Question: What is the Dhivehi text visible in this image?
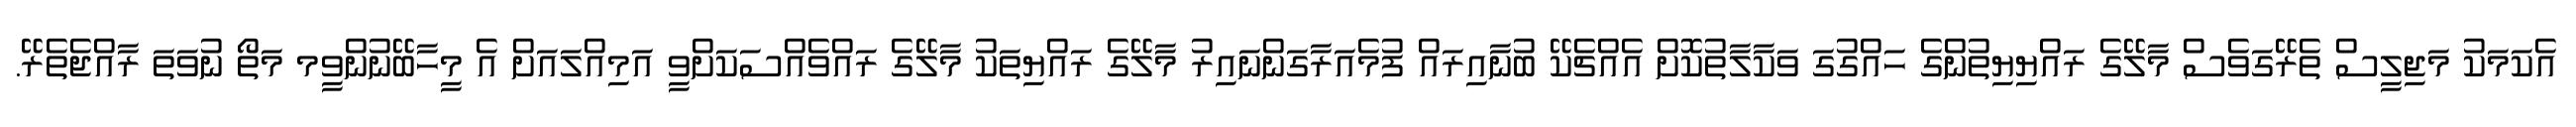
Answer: އެކަމަކު މަޖިލީސް ތެރޭގަވެސް މާލޭގެ ރައްޔިޔިތުންގެ ހައްގުގަ ވަކާލާތުކޮށް އެއްޗެކޭ ބުނާއިރައް ފުމެއަރާގަންނައިރު މާލޭގެ ރައްޔިތަކު މާލޭގެ ރައްވެއްސަކަށްވީ އަމިއްލައަށް އެ މީހާބޭނުންވީމ މަތޯ ނުވަތަ ރާއްޖެތެރޭ.